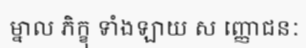
ម្នាល ភិក្ខុ ទាំងឡាយ ស ញ្ញោជនៈ